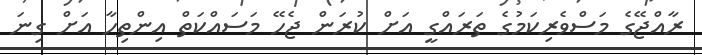
ރާއްޖޭގެ މަސްވެރިކަމުގެ ތަރައްގީ އަށް ކުރަން ޖެހޭ މަސައްކަތް އިންތިހާ އަށް ގިނަ